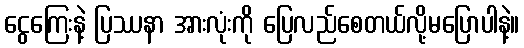
ငွေကြေးနဲ့ ပြဿနာ အားလုံးကို ပြေလည်စေတယ်လို့မပြောပါနဲ့။